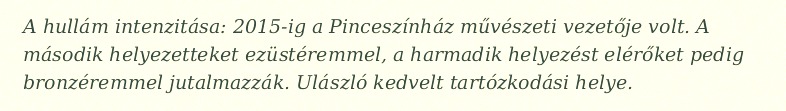
A hullám intenzitása: 2015-ig a Pinceszínház művészeti vezetője volt. A második helyezetteket ezüstéremmel, a harmadik helyezést elérőket pedig bronzéremmel jutalmazzák. Ulászló kedvelt tartózkodási helye.